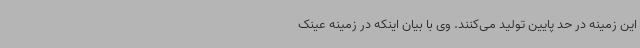
این زمینه در حد پایین تولید می‌کنند. وی با بیان اینکه در زمینه عینک